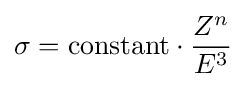
\sigma =\mathrm {constant} \cdot {\frac {Z^{n}}{E^{3}}}